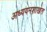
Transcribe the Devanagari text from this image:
अध्ययनशाखेत